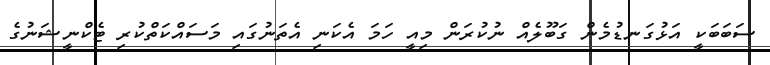
ސަބަބަކީ އަޅުގަނޑުމެން ގަބޫލެއް ނުކުރަން މިއީ ހަމަ އެކަނި އެތަނުގައި މަސައްކަތްކުރި ޓެކްނީޝަނުގެ